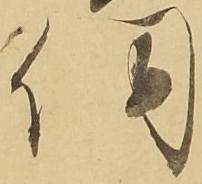
伺